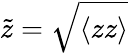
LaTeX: \tilde{z}=\sqrt{\langle{zz}\rangle}